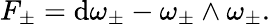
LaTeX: F_{\pm}=\mathrm{d}\omega_{\pm}-\omega_{\pm}\wedge\omega_{\pm}.